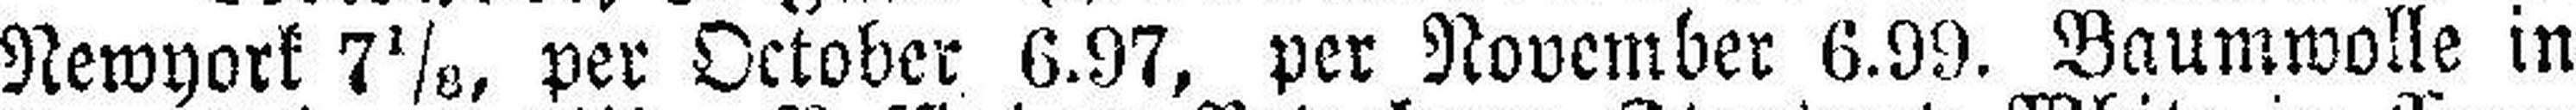
Newyork 7⅛, per October 6.97, per November 6.99. Baumwolle in